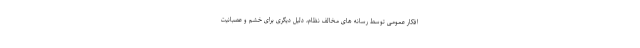
افکار عمومی توسط رسانه های مخالف نظام، دلیل دیگری برای خشم و عصبانیت